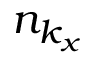
n _ { k _ { x } }